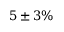
5 \pm 3 \%